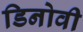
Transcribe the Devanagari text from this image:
डिनोवी